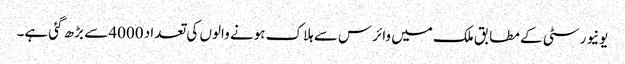
یونیورسٹی کے مطابق ملک میں وائرس سے ہلاک ہونے والوں کی تعداد 4000 سے بڑھ گئی ہے۔